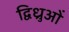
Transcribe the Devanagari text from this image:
द्विध्रुओं